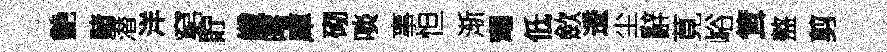
艶赌潜洋窮貯纖曙庫砌啖事怛渐耀低歛逶尘辭莧峪䇯盩剪